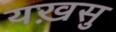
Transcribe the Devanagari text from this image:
यख़सु